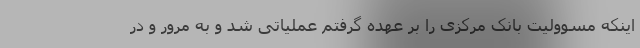
اینکه مسوولیت بانک مرکزی را بر عهده گرفتم عملیاتی شد و به مرور و در